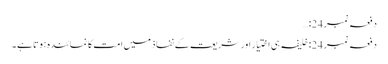
دفعہ نمبر 24:…
دفعہ نمبر 24: خلیفہ ہی اختیار اور شریعت کے نفاذ میں امت کا نمائندہ ہوتا ہے ۔